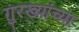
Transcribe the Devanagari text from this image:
गुरख्यांच्या